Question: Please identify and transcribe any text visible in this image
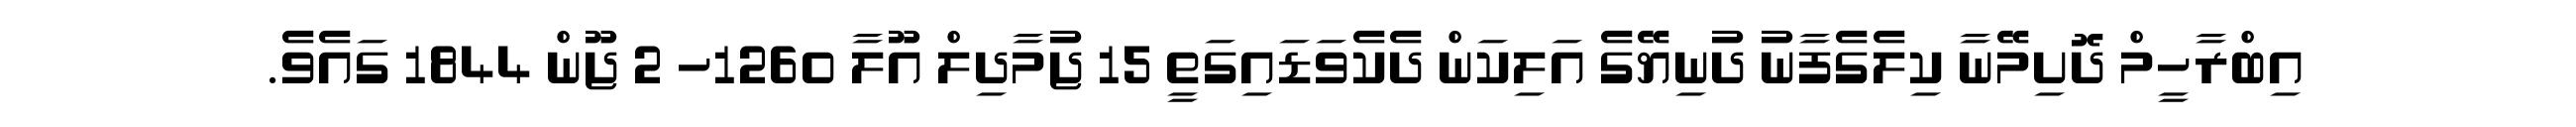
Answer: އިބްރާހީމް ދޮށިމޭނާ ކިލެގެފާނު ދުނިޔޭގެ އަލިކަން ދެކެވަޑައިގަތީ 15 ޖުމާދިލް އޫލާ 1260ހ 2 ޖޫން 1844 ގައެވެ.